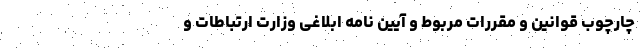
چارچوب قوانین و مقررات مربوط و آیین نامه ابلاغی وزارت ارتباطات و